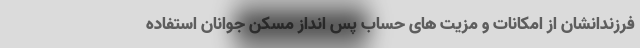
فرزندانشان از امکانات و مزیت های حساب پس انداز مسکن جوانان استفاده